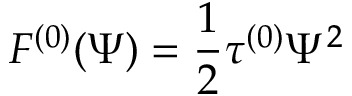
{ \cal F } ^ { ( 0 ) } ( \Psi ) = \frac { 1 } { 2 } \tau ^ { ( 0 ) } \Psi ^ { 2 }